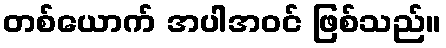
တစ်ယောက် အပါအဝင် ဖြစ်သည်။